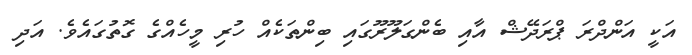
އަކީ އަންދްރަ ޕްރަދޭޝް އާއި ބެންގަލޫރޫގައި ބިންތަކެއް ހުރި މީހެއްގެ ގޮތުގައެވެ. އަދި